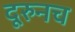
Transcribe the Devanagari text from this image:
दूरुनच